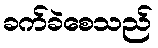
ခက်ခဲစေသည်